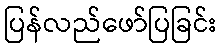
ပြန်လည်ဖော်ပြခြင်း